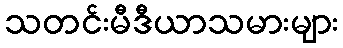
သတင်းမီဒီယာသမားများ